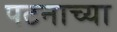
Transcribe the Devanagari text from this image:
पटनाच्या